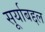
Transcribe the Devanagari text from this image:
सूर्याबद्दल